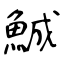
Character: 鯎